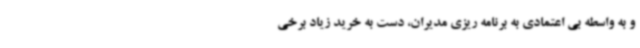
و به واسطه بی اعتمادی به برنامه ریزی مدیران، دست به خرید زیاد برخی